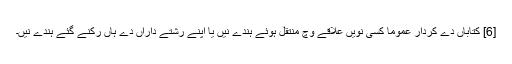
[6] کتاباں دے کردار عموماً کسی نويں علاقے وچ منتقل ہوئے ہُندے نيں یا اپنے رشتے داراں دے ہاں رکنے گئے ہُندے نيں۔